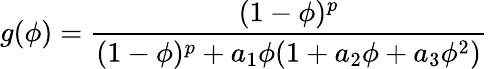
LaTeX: g(\phi)=\frac{(1-\phi)^{p}}{(1-\phi)^{p}+a_{1}\phi(1+a_{2}\phi+a_{3}\phi^{2})}